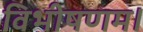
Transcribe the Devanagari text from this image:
विभीषणम।